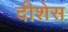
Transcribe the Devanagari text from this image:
दीशेस